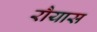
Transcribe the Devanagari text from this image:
रौयास